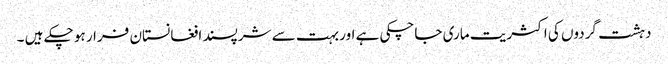
دہشت گردوں کی اکثریت ماری جاچکی ہے اور بہت سے شرپسند افغانستان فرار ہو چکے ہیں ۔